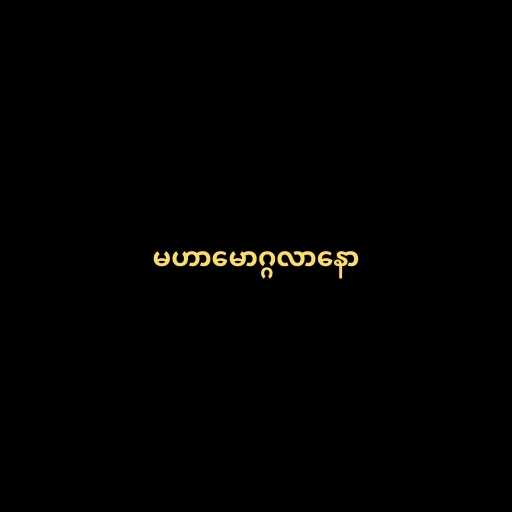
မဟာမောဂ္ဂလာနော